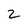
Character: 2